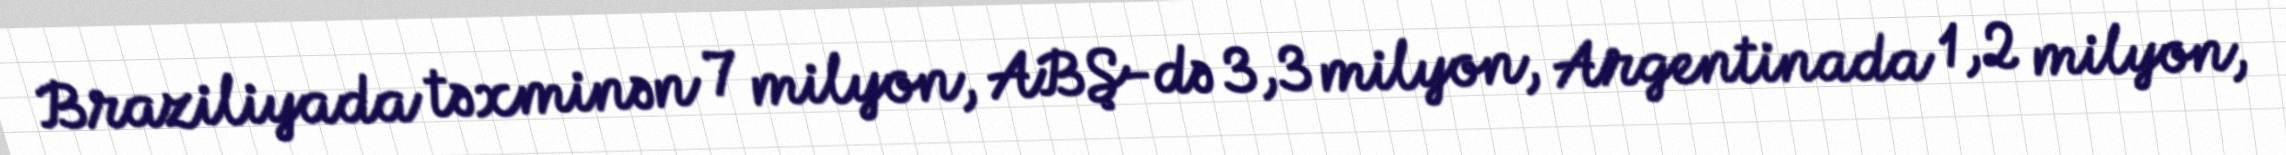
Braziliyada təxminən 7 milyon, ABŞ-də 3,3 milyon, Argentinada 1,2 milyon,